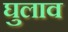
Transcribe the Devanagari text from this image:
घुलाव